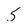
Character: 5